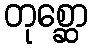
တုစ္ဆော